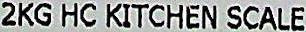
2KG HC KITCHEN SCALE